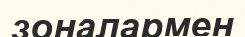
зоналармен